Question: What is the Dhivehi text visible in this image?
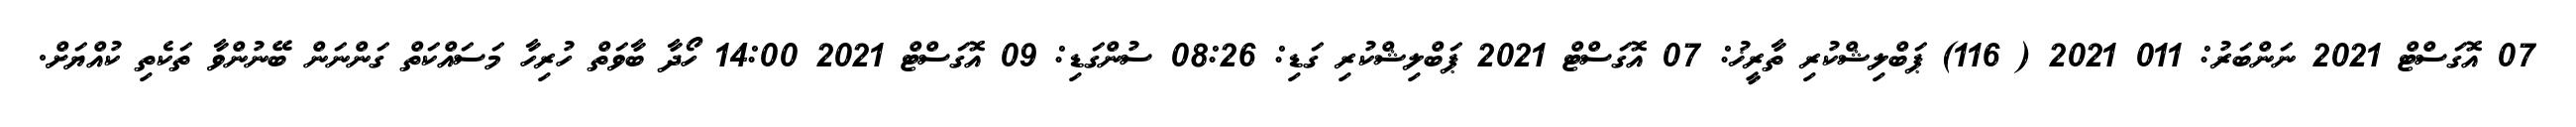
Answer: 07 އޮގަސްޓް 2021 ނަންބަރު: 011 2021 ( 116) ޕަބްލިޝްކުރި ތާރީޚު: 07 އޮގަސްޓް 2021 ޕަބްލިޝްކުރި ގަޑި: 08:26 ސުންގަޑި: 09 އޮގަސްޓް 2021 14:00 ހޯދާ ބާވަތް ހުރިހާ މަސައްކަތް ގަންނަން ބޭނުންވާ ތަކެތި ކުއްޔަށް.